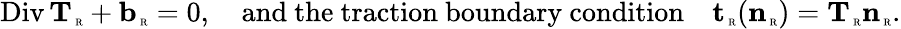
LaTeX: \mathrm{Div}\, {\mathbf T}_{\mathrm{\tiny~R}}+{\mathbf b}_{\mathrm{\tiny~R}}=0,\quad\mathrm{and~the~traction~boundary~condition}\quad{\mathbf t}_{\mathrm{\tiny~R}}({\mathbf n}_{\mathrm{\tiny~R}})={\mathbf T}_{\mathrm{\tiny~R}}{\mathbf n}_{\mathrm{\tiny~R}}.